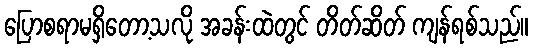
ပြောစရာမရှိတော့သလို အခန်းထဲတွင် တိတ်ဆိတ် ကျန်ရစ်သည်။